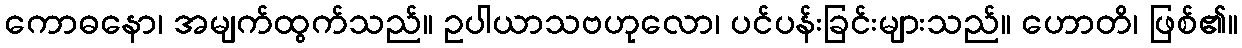
ကောဓနော၊ အမျက်ထွက်သည်။ ဥပါယာသဗဟုလော၊ ပင်ပန်းခြင်းများသည်။ ဟောတိ၊ ဖြစ်၏။